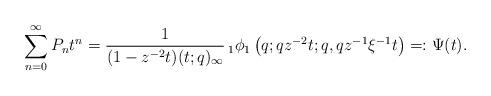
LaTeX: \begin{align*} \sum_{n=0}^{\infty}P_{n}t^{n}=\frac{1}{(1-z^{-2}t)(t;q)_{\infty}}\,_{1}\phi_{1}\left(q;qz^{-2}t;q,qz^{-1}\xi^{-1}t\right)=:\Psi(t).\end{align*}